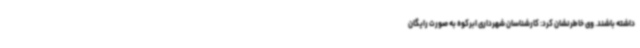
داشته باشند. وی خاطرنشان کرد: کارشناسان شهرداری ابرکوه به صورت رایگان